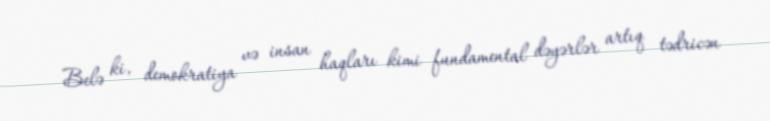
Belə ki, demokratiya və insan haqları kimi fundamental dəyərlər artıq tədricən